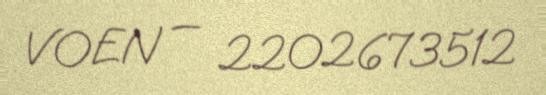
VOEN — 2202673512